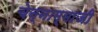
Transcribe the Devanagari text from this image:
चेन्‍नाम्‍माजी